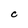
Character: C